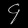
Digit: ၄